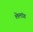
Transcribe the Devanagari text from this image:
लेलांग